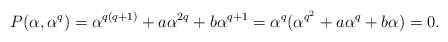
\begin{align*}P(\alpha, \alpha^q)=\alpha^{q(q+1)}+a\alpha^{2q}+b\alpha^{q+1}=\alpha^q(\alpha^{q^2}+a\alpha^{q}+b\alpha)=0.\end{align*}